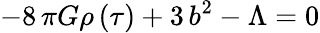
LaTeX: -8\, \pi G\rho\left({\tau}\right)+3\, b^{2}-\Lambda=0